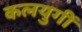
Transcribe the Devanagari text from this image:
कलयुगीं